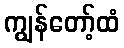
ကျွန်တော့်ထံ